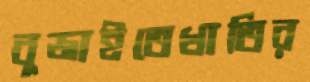
বুজাইতেখাতির